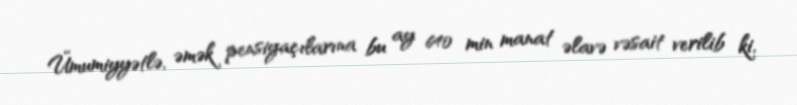
Ümumiyyətlə, əmək pensiyaçılarına bu ay 640 min manat əlavə vəsait verilib ki,